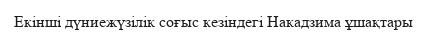
Екінші дүниежүзілік соғыс кезіндегі Накадзима ұшақтары